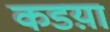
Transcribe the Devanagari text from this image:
कडय़ा